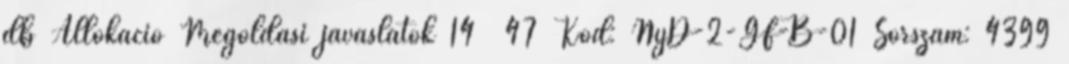
db Allokáció Megoldási javaslatok 14 47 Kód: NyD-2-GF-B-01 Sorszám: 4399